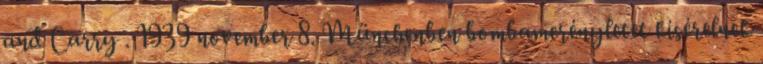
and Carry . 1939 november 8. Münchenben bombamerényletet kísérelnek